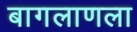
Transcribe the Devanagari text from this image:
बागलाणला